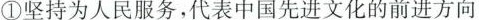
①坚持为人民服务，代表中国先进文化的前进方向